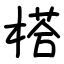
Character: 榙